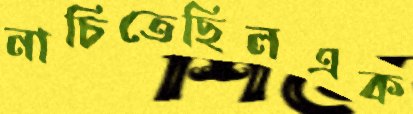
নাচিতেছিলএক